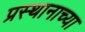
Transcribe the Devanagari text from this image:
प्रस्थानाच्या